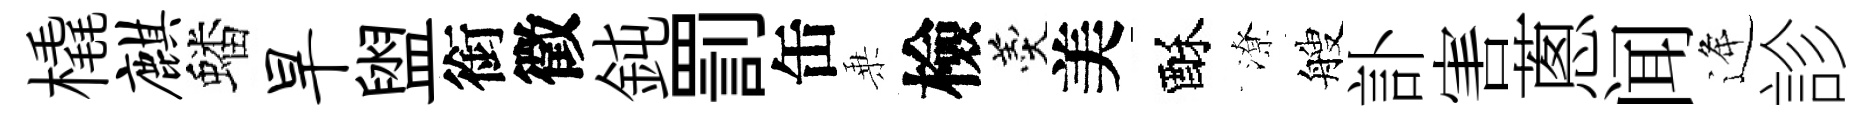
橇麒蟠旱盥銜徵鈍罰缶乗檢羹美酥潦艘訃害蔥闻逄診